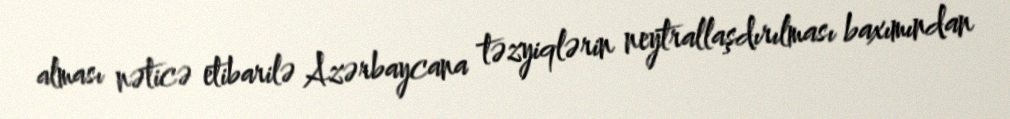
alması nəticə etibarilə Azərbaycana təzyiqlərin neytrallaşdırılması baxımından